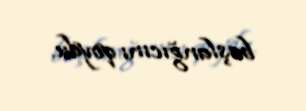
başlanğıcını qoydu.